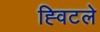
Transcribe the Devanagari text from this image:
ह्विटले